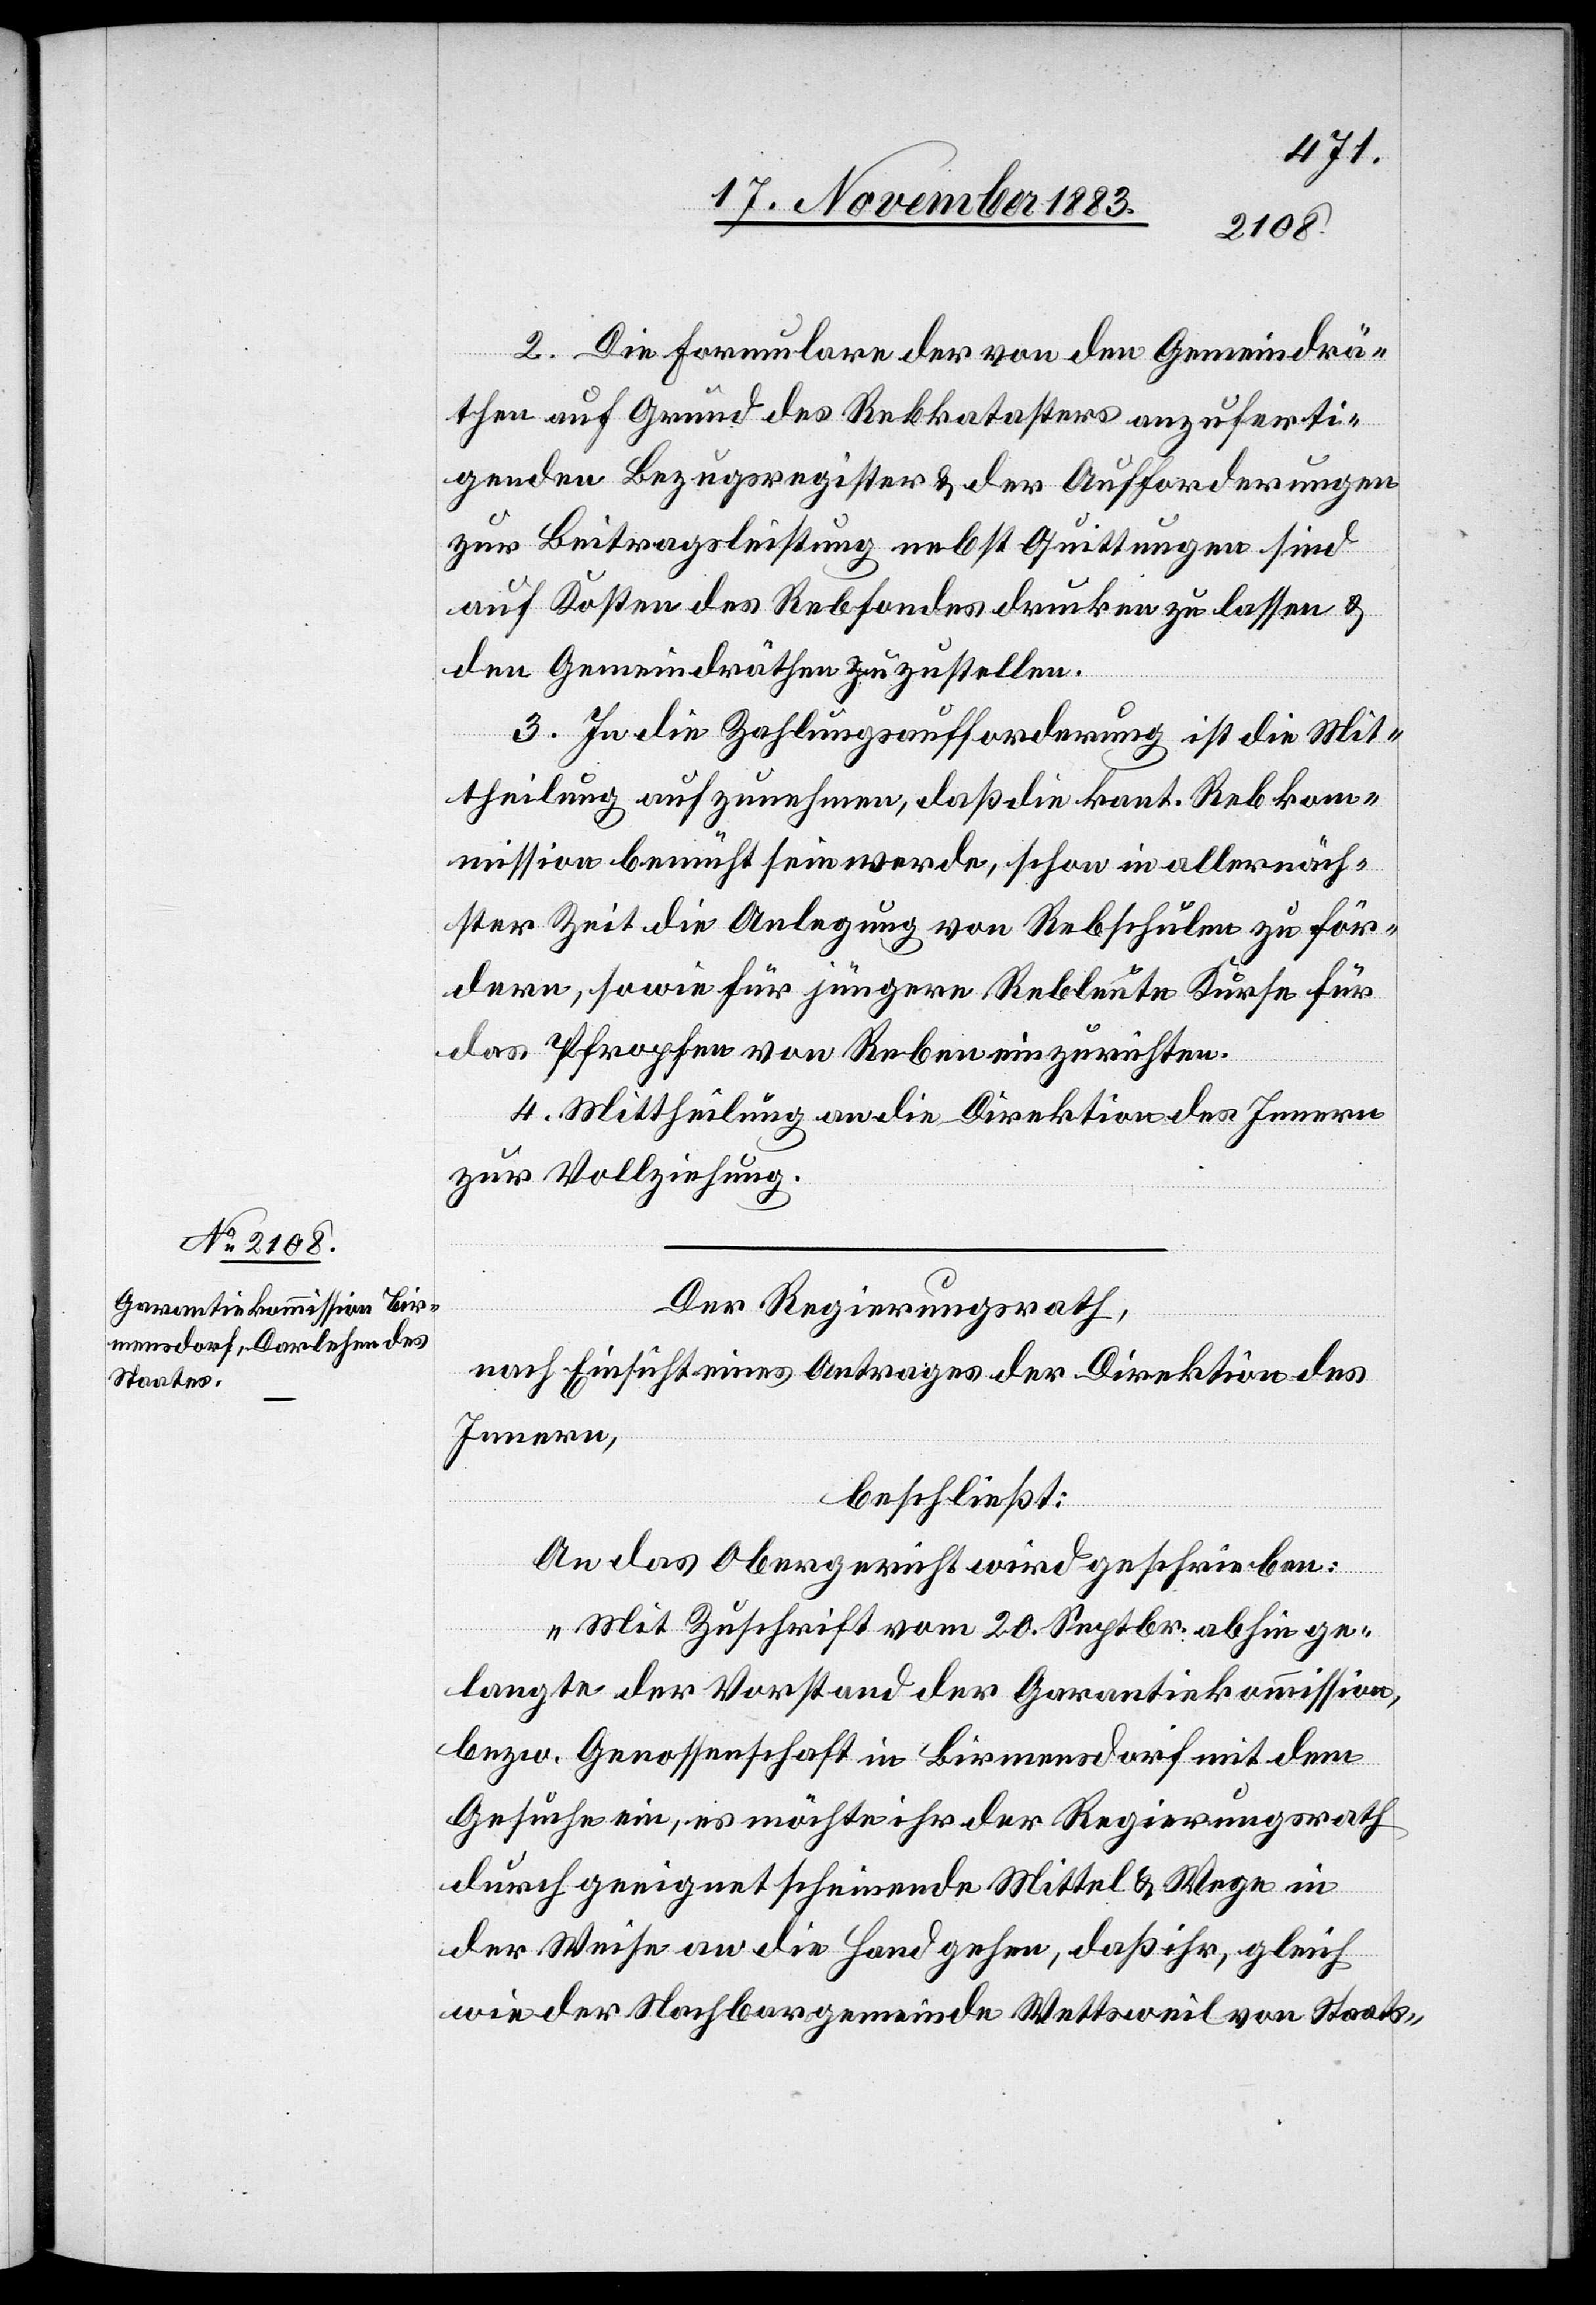
2. Die Formulare der von den Gemeindrä¬
then auf Grund des Rebkatasters anzuferti¬
genden Bezugsregister & der Aufforderungen
zur Beitragsleistung nebst Quittungen sind
auf Kosten des Rebfondes drucken zu lassen &
den Gemeindräthen zu zustellen.
3. In die Zahlungsaufforderung ist die Mit¬
theilung aufzunehmen, daß die kant. Reblauskom¬
mission bemüht sein werde, schon in allernäch¬
ster Zeit die Anlegung von Rebschulen zu för¬
dern, sowie für jüngere Rebleute Kurse für
das Pfropfen von Reben einzurichten.
4. Mittheilung an die Direktion des Innern
zur Vollziehung.
Der Regierungsrath,
nach Einsicht eines Antrages der Direktion des
Innern,
beschließt:
An das Obergericht wird geschrieben:
„Mit Zuschrift vom 20. Septbr. abhin ge¬
langte der Vorstand der Garantiekommission,
bezw. Genossenschaft in Birmensdorf mit dem
Gesuch ein, es möchte ihr der Regierungsrath
durch geeignet scheinende Mittel & Wege in
der Weise an die Hand gehen, daß ihr, gleich
wie der Nachbargemeinde Wettsweil von Staats-